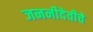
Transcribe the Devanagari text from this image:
जननीदेवीचे